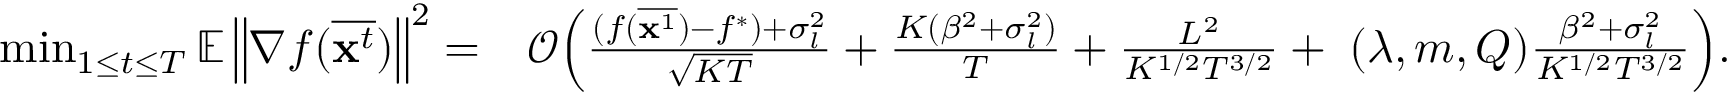
\begin{array} { r l } { \operatorname* { m i n } _ { 1 \le t \le T } \mathbb { E } \left\| \nabla f ( \overline { { \mathbf { x } ^ { t } } } ) \right\| ^ { 2 } = } & { \mathcal { O } \Big ( \frac { ( f ( \overline { { { \bf x } ^ { 1 } } } ) - f ^ { * } ) + \sigma _ { l } ^ { 2 } } { \sqrt { K T } } + \frac { K ( \beta ^ { 2 } + \sigma _ { l } ^ { 2 } ) } { T } + \frac { L ^ { 2 } } { K ^ { 1 / 2 } T ^ { 3 / 2 } } + { \bf \Phi } ( \lambda , m , Q ) \frac { \beta ^ { 2 } + \sigma _ { l } ^ { 2 } } { K ^ { 1 / 2 } T ^ { 3 / 2 } } \Big ) . } \end{array}